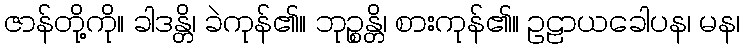
ဇာန်တို့ကို။ ခါဒန္တိ၊ ခဲကုန်၏။ ဘုဉ္စန္တိ၊ စားကုန်၏။ ဥဠာယခေါပန၊ မန၊